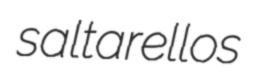
saltarellos